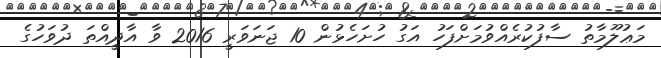
މަޢުލޫމާތު ސާފުކުރެއްވުމަށްފަހު އަގު ހުށަހެޅުން 10 ޖަނަވަރީ 2016 ވާ އާދީއްތަ ދުވަހުގެ